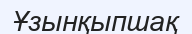
Ұзынқыпшақ